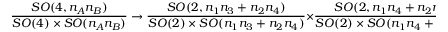
\frac { S O ( 4 , n _ { A } n _ { B } ) } { S O ( 4 ) \times S O ( n _ { A } n _ { B } ) } \to \frac { S O ( 2 , n _ { 1 } n _ { 3 } + n _ { 2 } n _ { 4 } ) } { S O ( 2 ) \times S O ( n _ { 1 } n _ { 3 } + n _ { 2 } n _ { 4 } ) } \times \frac { S O ( 2 , n _ { 1 } n _ { 4 } + n _ { 2 } n _ { 3 } ) } { S O ( 2 ) \times S O ( n _ { 1 } n _ { 4 } + n _ { 2 } n _ { 3 } ) } .